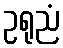
ဥရုညံ